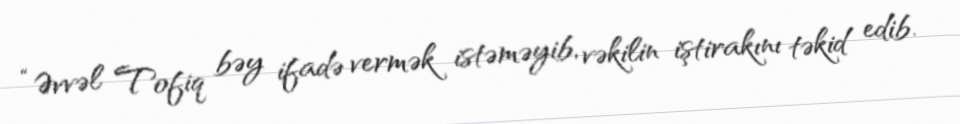
“Əvvəl Tofiq bəy ifadə vermək istəməyib, vəkilin iştirakını təkid edib.